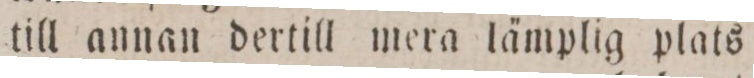
till annan dertill mera lämplig plats